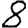
Digit: 8